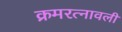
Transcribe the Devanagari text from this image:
क्रमरत्नावली